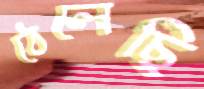
ঠেলেছি